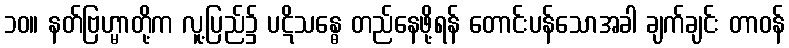
၁၀။ နတ်ဗြဟ္မာတို့က လူ့ပြည်၌ ပဋိသန္ဓေ တည်နေဖို့ရန် တောင်းပန်သောအခါ ချက်ချင်း တာဝန်